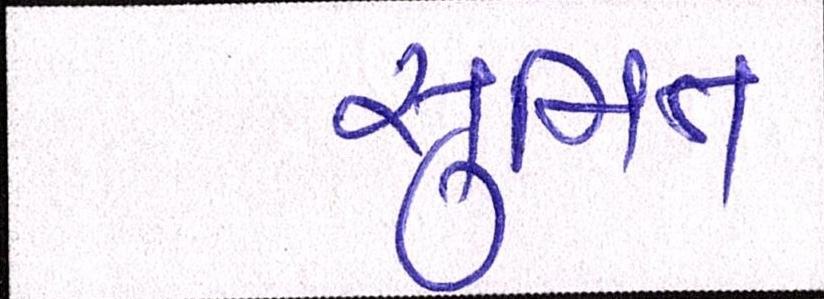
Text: સુમિત